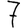
Digit: 7